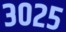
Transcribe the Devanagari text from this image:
३०२५